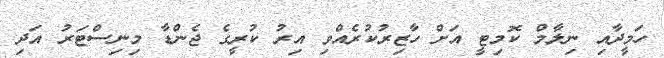
ހަމީދާއި ނިލާމް ކޮމިޓީ އަށް ހާޒިރުކުރެއްވި އިރު ކުރީގެ ޖެންޑާ މިނިސްޓަރު އަދި